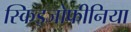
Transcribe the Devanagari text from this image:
स्किड्जोफीनिया